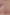
و